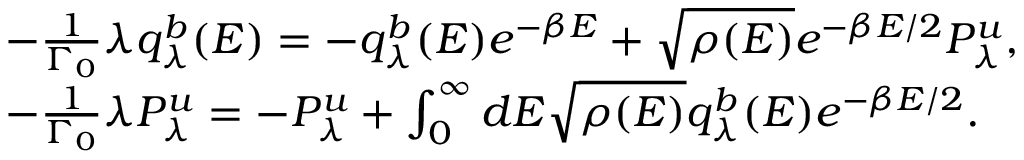
\begin{array} { r l } & { - \frac { 1 } { \Gamma _ { 0 } } \lambda q _ { \lambda } ^ { b } ( E ) = - q _ { \lambda } ^ { b } ( E ) e ^ { - \beta E } + \sqrt { \rho ( E ) } e ^ { - \beta E / 2 } P _ { \lambda } ^ { u } , } \\ & { - \frac { 1 } { \Gamma _ { 0 } } \lambda P _ { \lambda } ^ { u } = - P _ { \lambda } ^ { u } + \int _ { 0 } ^ { \infty } d E \sqrt { \rho ( E ) } q _ { \lambda } ^ { b } ( E ) e ^ { - \beta E / 2 } . } \end{array}